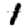
Digit: 1